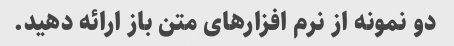
دو نمونه از نرم افزارهای متن باز ارائه دهید.